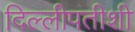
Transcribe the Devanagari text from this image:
दिल्लीपतीशी